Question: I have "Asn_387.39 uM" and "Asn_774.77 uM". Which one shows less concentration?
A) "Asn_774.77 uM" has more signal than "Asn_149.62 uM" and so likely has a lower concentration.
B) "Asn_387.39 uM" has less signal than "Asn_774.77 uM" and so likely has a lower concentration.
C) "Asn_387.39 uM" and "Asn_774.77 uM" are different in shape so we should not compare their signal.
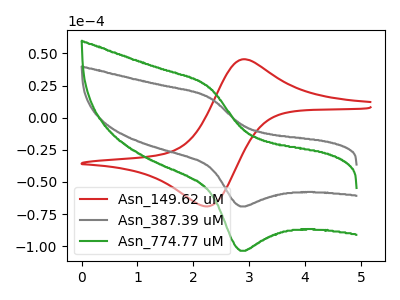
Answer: <think>The red curve "Asn_149.62 uM" has an anodic peak at (2.90V, 45.45uA) and a cathodic peak at (2.25V, -69.10uA). The gray curve "Asn_387.39 uM" has an anodic peak at (2.30V, 15.65uA) and a cathodic peak at (2.85V, -69.10uA). The green curve "Asn_774.77 uM" has an anodic peak at (2.30V, 23.45uA) and a cathodic peak at (2.85V, -103.60uA).
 All the peaks in "Asn_387.39 uM" have a peak in "Asn_774.77 uM" at the same potential. Every peak in "Asn_387.39 uM" is lower than every peak in "Asn_774.77 uM".</think>
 <answer>B) "Asn_387.39 uM" has less signal than "Asn_774.77 uM" and so likely has a lower concentration.</answer>
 <eval>B</eval>